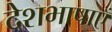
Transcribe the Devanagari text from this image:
देशभाषाएँ